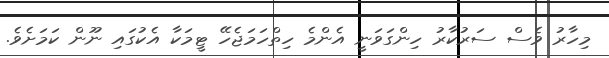
މިހާރު ވެސް ސަރުކާރު ހިންގަވަނީ އެންމެ ހިތްހަމަޖެހޭ ޓީމަކާ އެކުގައި ނޫން ކަމަށެވެ.